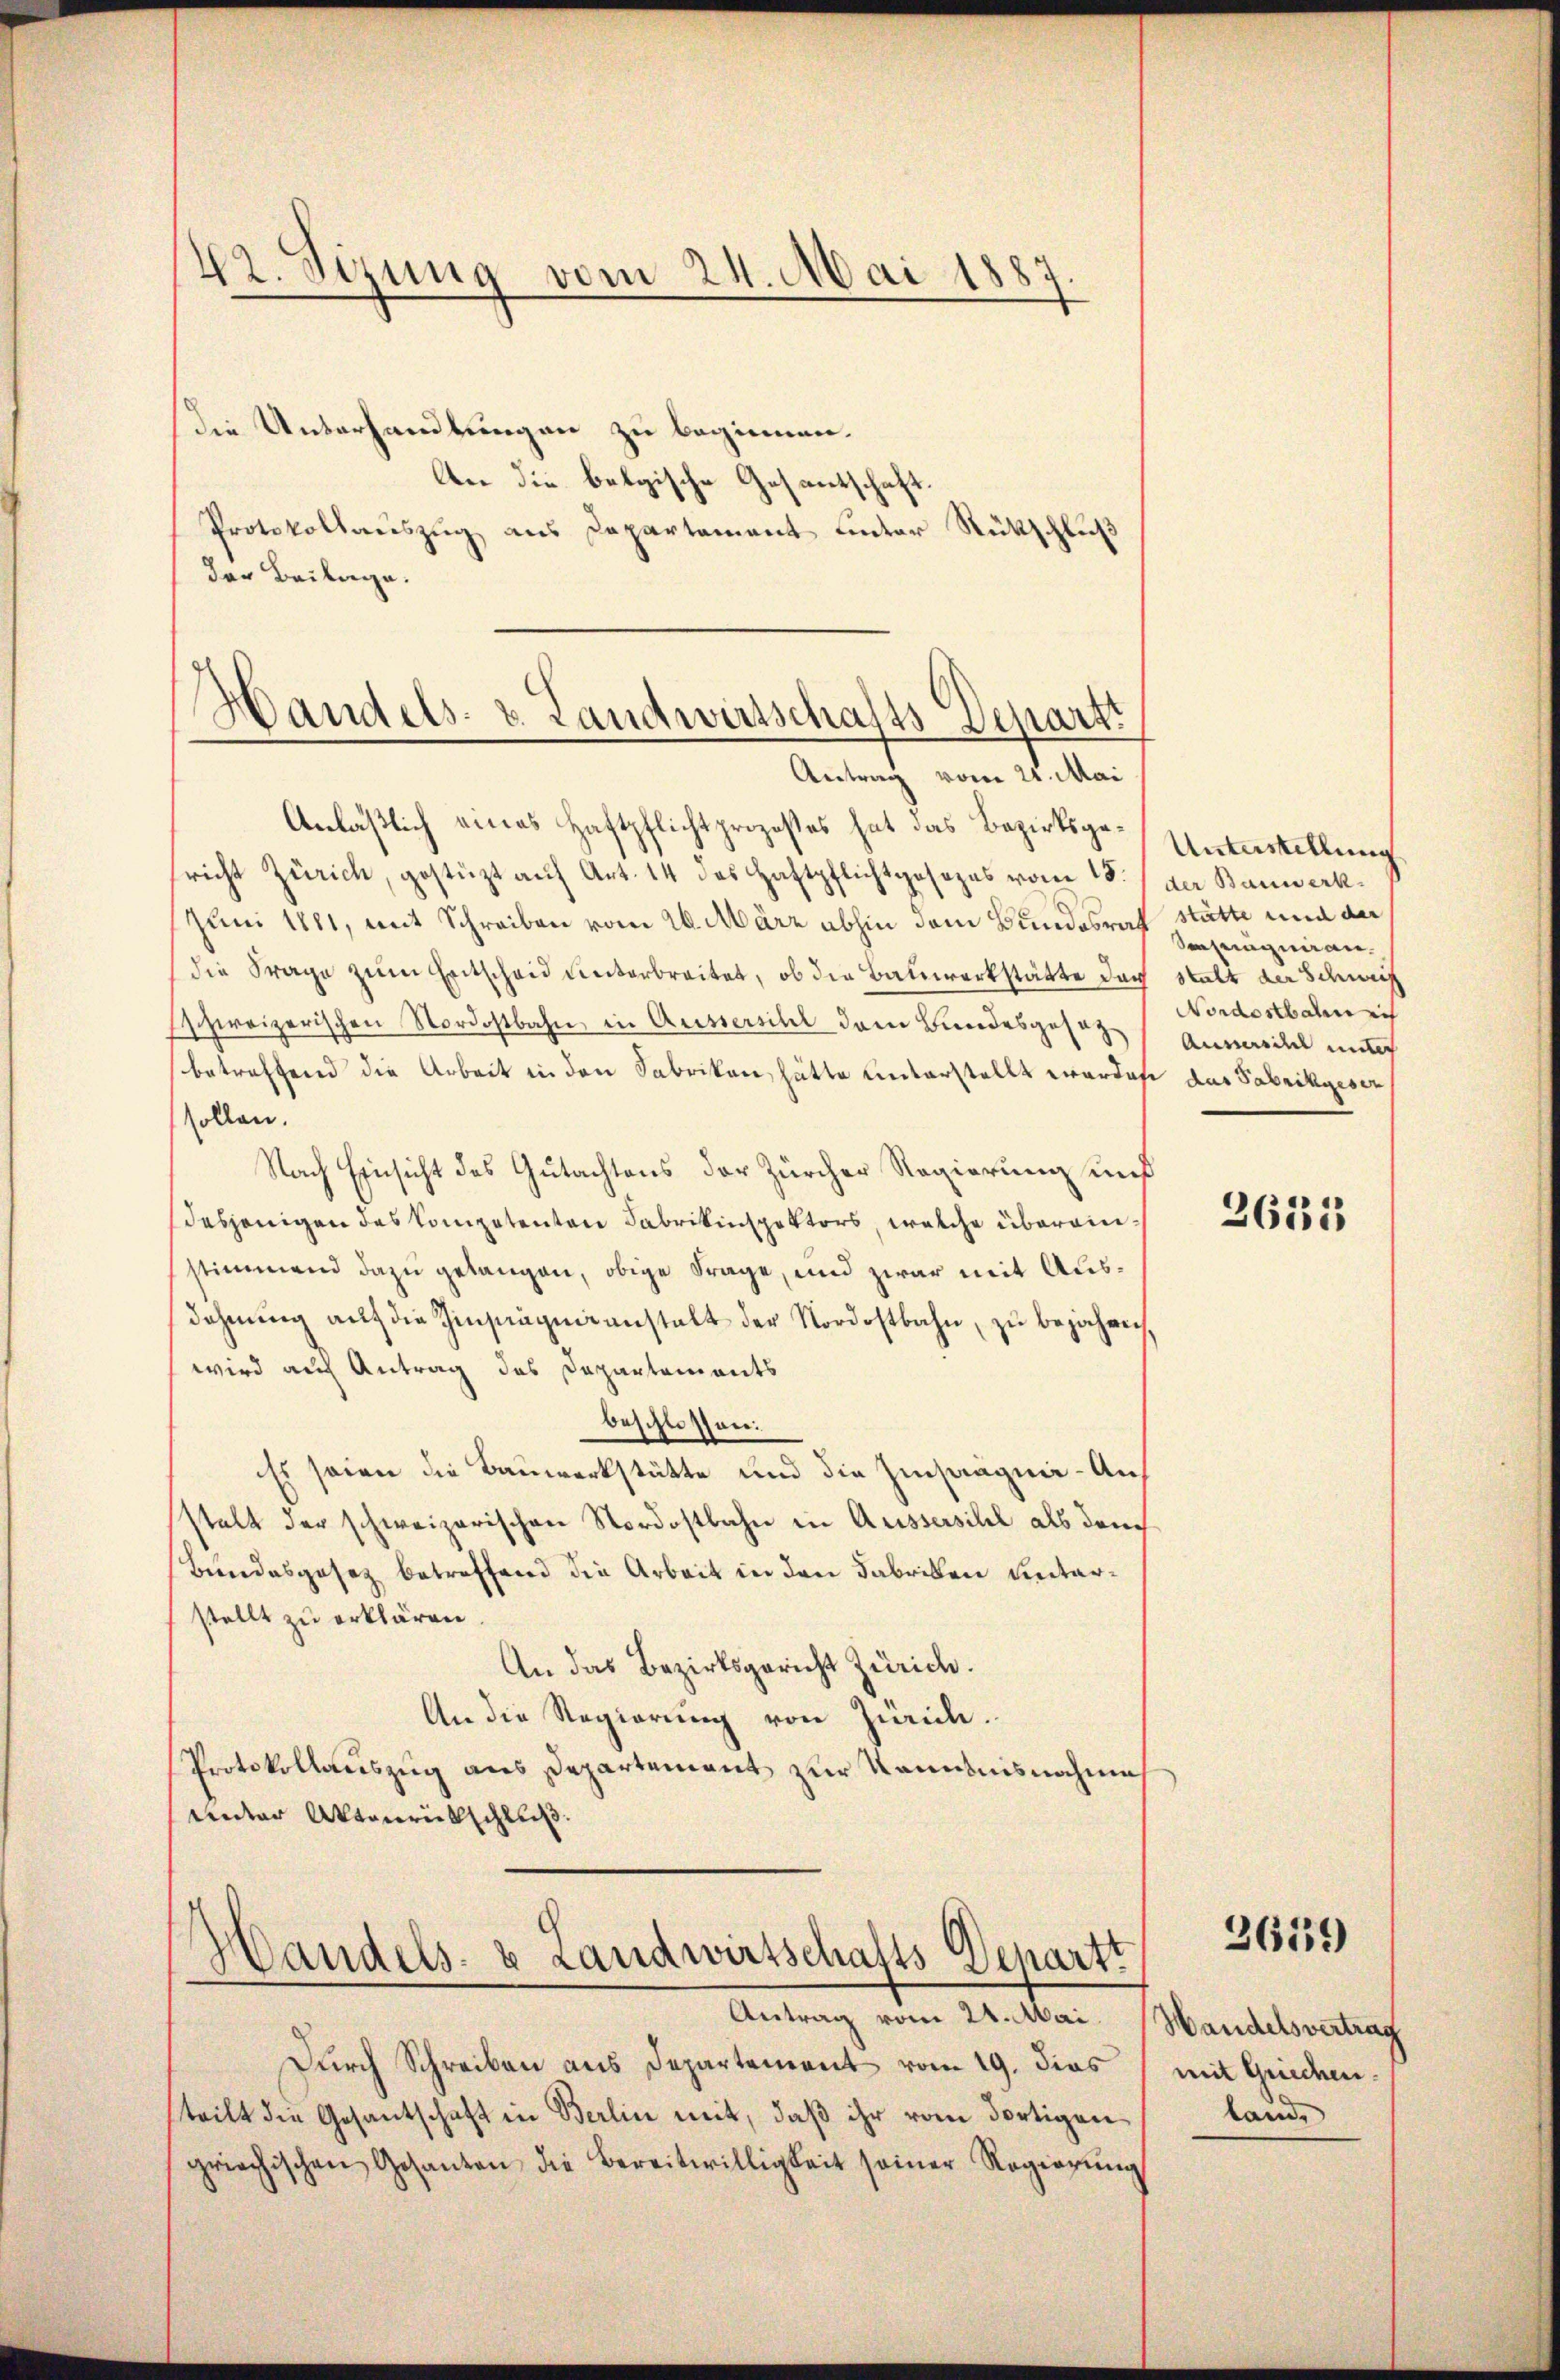
42. Sizung vom 24. Mai 1887

Handels- & Landwirtschafts-Departi
Antrag vom 21. Mai

die Unterhandlungen zu beginnen.
An die belgische Gesantschaft.
Protokollauszug aus Departement unter Rückschluß
der Beilage.
Anläßlich eines Haftpflichtprozeßes hat das Bezirksgericht Zürich, gestüzt aŭf Art. 14 des Haftpflichtgesezes vom 15.
Juni 1881, mit Schreiben vom 26. März abhin dem Bundesrath
die Frage zum Entscheid unterbreitet, ob die Bauwerkstätte doch
schweizerischen Nordostbahn, in Aussersihl dem Bundesgesetz
betreffend die Arbeit in den Fabriken, hätte unterstellt werde
sollen.
Nach Einsicht des Gutachtens der Zürcher Regierung und
desjenigen des Competenten Fabrikinspektors, welche überainstimmend dazu gelangen, obige Frage, und zwar mit Ausdehnung auf die Zinsagenanstalt der Nordostbahn, zu bejahren,
wird auf Antrag des Departements
beschlossen:
Es seien die Bauwerkstätte und die Einsaagnie - Auf
stalt der schweizerischen Nordostbahn in Aussersihl als dem
Bundesgesetz betreffend die Arbeit in den Fabriken unterstellt zu erklären.
An das Bezirksgericht Zürich.
An die Regierung von Zürich.
Protokollauszug aus Departement zur Kenntnisnahme
Unter Aktenrückschluß.

Handels- & Landwirtschafts-Departt
Antrag vom 24. Mai. Handelsvertrag

Durch Schreiben aus Departement vom 19. dies
teilt die Gesantschaft in Berlin mit, daß ihr vom dortigen
griechischen Gesanten die Bereitwilligkeit seiner Regierŭng

Unterstellung
der Bauwerk.
stätte und der
Sezeugnian
stalt der Schweiz
Nordostbaren ich
Ausich unt
s das Fabrikgesen

2633

3659

mit Griechenland,